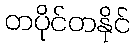
တပိုင်တနိုင်